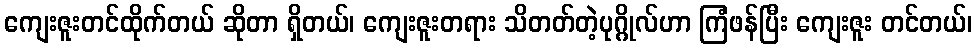
ကျေးဇူးတင်ထိုက်တယ် ဆိုတာ ရှိတယ်၊ ကျေးဇူးတရား သိတတ်တဲ့ပုဂ္ဂိုလ်ဟာ ကြံဖန်ပြီး ကျေးဇူး တင်တယ်၊